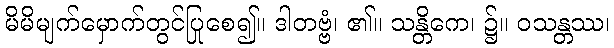
မိမိမျက်မှောက်တွင်ပြုစေ၍။ ဒါတဗ္ဗံ၊ ၏။ သန္တိကေ၊ ၌။ ဝသန္တဿ၊